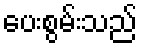
ပေးစွမ်းသည်